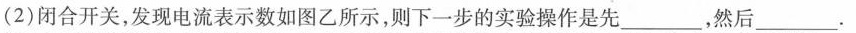
(2)闭合开关，发现电流表示数如图乙所示，则下一步的实验操作是先_____，然后_______。